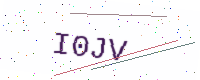
Text: I0JV